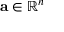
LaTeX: \mathbf { a } \in \mathbb { R } ^ { n }